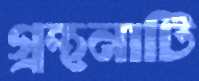
গ্রন্থনাটি